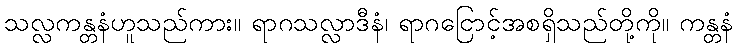
သလ္လကန္တနံဟူသည်ကား။ ရာဂသလ္လာဒီနံ၊ ရာဂငြောင့်အစရှိသည်တို့ကို။ ကန္တနံ